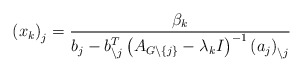
\begin{align*}\left( x_{k}\right) _{j}=\frac{\beta_{k}}{b_{j}-b_{\backslash j}^{T}\left(A_{G\backslash\left\{ j\right\} }-\lambda_{k}I\right) ^{-1}\left(a_{j}\right) _{\backslash j}} \end{align*}